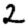
Digit: 2